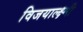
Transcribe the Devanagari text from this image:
विजयाल्क्ष्मी